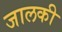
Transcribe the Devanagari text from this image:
जालकी